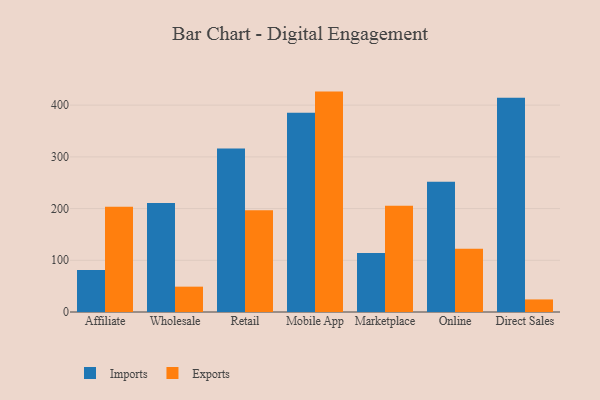
{"axis": {"x": "Channel", "y": "Satisfaction Score"}, "legend": ["Exports", "Imports"], "data": [{"x": "Affiliate", "y": 81.2, "type": "Imports"}, {"x": "Affiliate", "y": 203.4, "type": "Exports"}, {"x": "Wholesale", "y": 210.7, "type": "Imports"}, {"x": "Wholesale", "y": 49.0, "type": "Exports"}, {"x": "Retail", "y": 316.4, "type": "Imports"}, {"x": "Retail", "y": 196.6, "type": "Exports"}, {"x": "Mobile App", "y": 385.1, "type": "Imports"}, {"x": "Mobile App", "y": 426.2, "type": "Exports"}, {"x": "Marketplace", "y": 113.9, "type": "Imports"}, {"x": "Marketplace", "y": 205.6, "type": "Exports"}, {"x": "Online", "y": 251.7, "type": "Imports"}, {"x": "Online", "y": 122.2, "type": "Exports"}, {"x": "Direct Sales", "y": 414.3, "type": "Imports"}, {"x": "Direct Sales", "y": 24.3, "type": "Exports"}]}